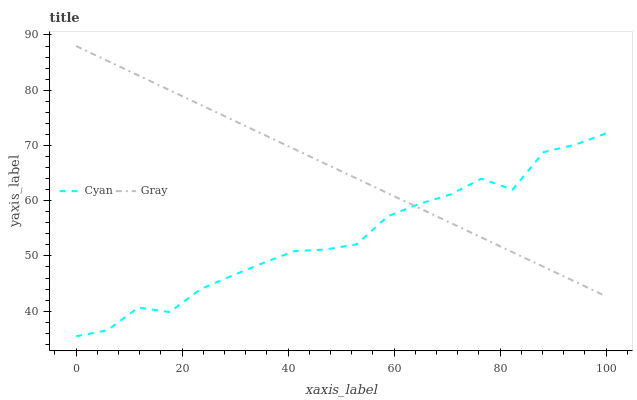
| xaxis_label | Cyan | Gray |
 | --- | --- | --- |
 | 0 | 35.5 | 88 |
 | 5.88 | 36.5 | 85.3 |
 | 11.8 | 40.7 | 82.7 |
 | 17.6 | 39.8 | 80 |
 | 23.5 | 44 | 77.3 |
 | 29.4 | 46.4 | 74.7 |
 | 35.3 | 48.7 | 72 |
 | 41.2 | 50.9 | 69.3 |
 | 47.1 | 51.2 | 66.7 |
 | 52.9 | 52.1 | 64 |
 | 58.8 | 57.2 | 61.3 |
 | 64.7 | 59.4 | 58.7 |
 | 70.6 | 61.1 | 56 |
 | 76.5 | 64 | 53.4 |
 | 82.4 | 62 | 50.7 |
 | 88.2 | 68.8 | 48 |
 | 94.1 | 70.1 | 45.4 |
 | 100 | 72.2 | 42.7 |